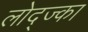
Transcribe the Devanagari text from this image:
लोद्ज्का